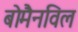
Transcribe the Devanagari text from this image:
बोमैनविल